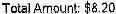
TOTAL AMOUNT: $8.20